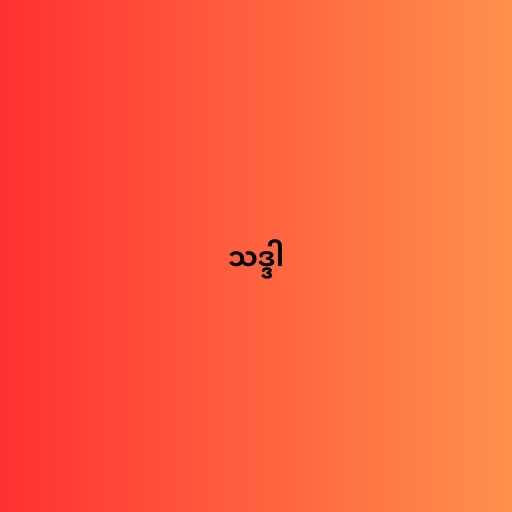
သဒ္ဒါ